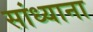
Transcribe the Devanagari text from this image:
सांध्याना